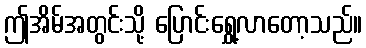
ဤအိမ်အတွင်းသို့ ပြောင်းရွှေ့လာတော့သည်။